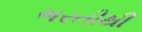
ભરતીથી